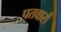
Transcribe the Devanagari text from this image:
पतवारों